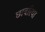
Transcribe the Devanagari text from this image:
छाबरिया